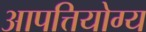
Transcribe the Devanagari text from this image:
आपत्तियोग्य